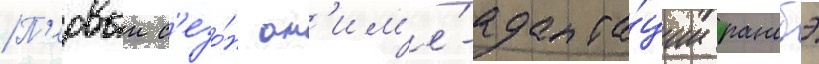
П'ервыи с'езо́н ан'им'е́-адапта́ции ранобэ